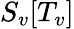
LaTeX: S_{v}[T_{v}]